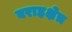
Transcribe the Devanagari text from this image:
बराहक्षेत्र